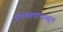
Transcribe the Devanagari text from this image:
प्रशिक्षणापासून